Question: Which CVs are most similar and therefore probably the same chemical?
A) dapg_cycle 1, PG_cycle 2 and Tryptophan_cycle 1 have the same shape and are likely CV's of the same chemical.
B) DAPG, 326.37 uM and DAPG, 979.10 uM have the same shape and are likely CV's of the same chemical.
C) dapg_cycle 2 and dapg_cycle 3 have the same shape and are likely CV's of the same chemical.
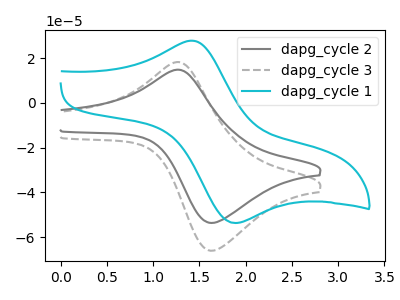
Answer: <think>The gray curve "dapg_cycle 2" has an anodic peak at (1.25V, 14.75uA) and a cathodic peak at (1.65V, -53.60uA). The gray dashed curve "dapg_cycle 3" has an anodic peak at (1.25V, 18.20uA) and a cathodic peak at (1.65V, -66.00uA). The cyan curve "dapg_cycle 1" has an anodic peak at (1.45V, 27.70uA) and a cathodic peak at (1.90V, -53.70uA).
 All the peaks in "dapg_cycle 2" have a peak in "dapg_cycle 3" at the same potential. Every peak in "dapg_cycle 2" is lower than every peak in "dapg_cycle 3". "dapg_cycle 2" and "dapg_cycle 1" have at least one peak that do not match. "dapg_cycle 3" and "dapg_cycle 1" have at least one peak that do not match.</think>
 <answer>C) "dapg_cycle 2" and "dapg_cycle 3" have the same shape and are likely CV's of the same chemical.</answer>
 <eval>C</eval>